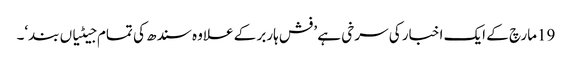
19مارچ کے ایک اخبار کی سرخی ہے ’فش ہاربر کے علاوہ سندھ کی تمام جیٹیاں بند‘۔